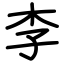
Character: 李